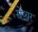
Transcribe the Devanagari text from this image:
सेव्यर